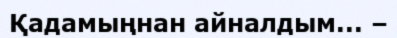
Қадамыңнан айналдым... –